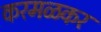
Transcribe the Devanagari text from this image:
करमळकर